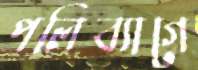
পলিব্যাগে